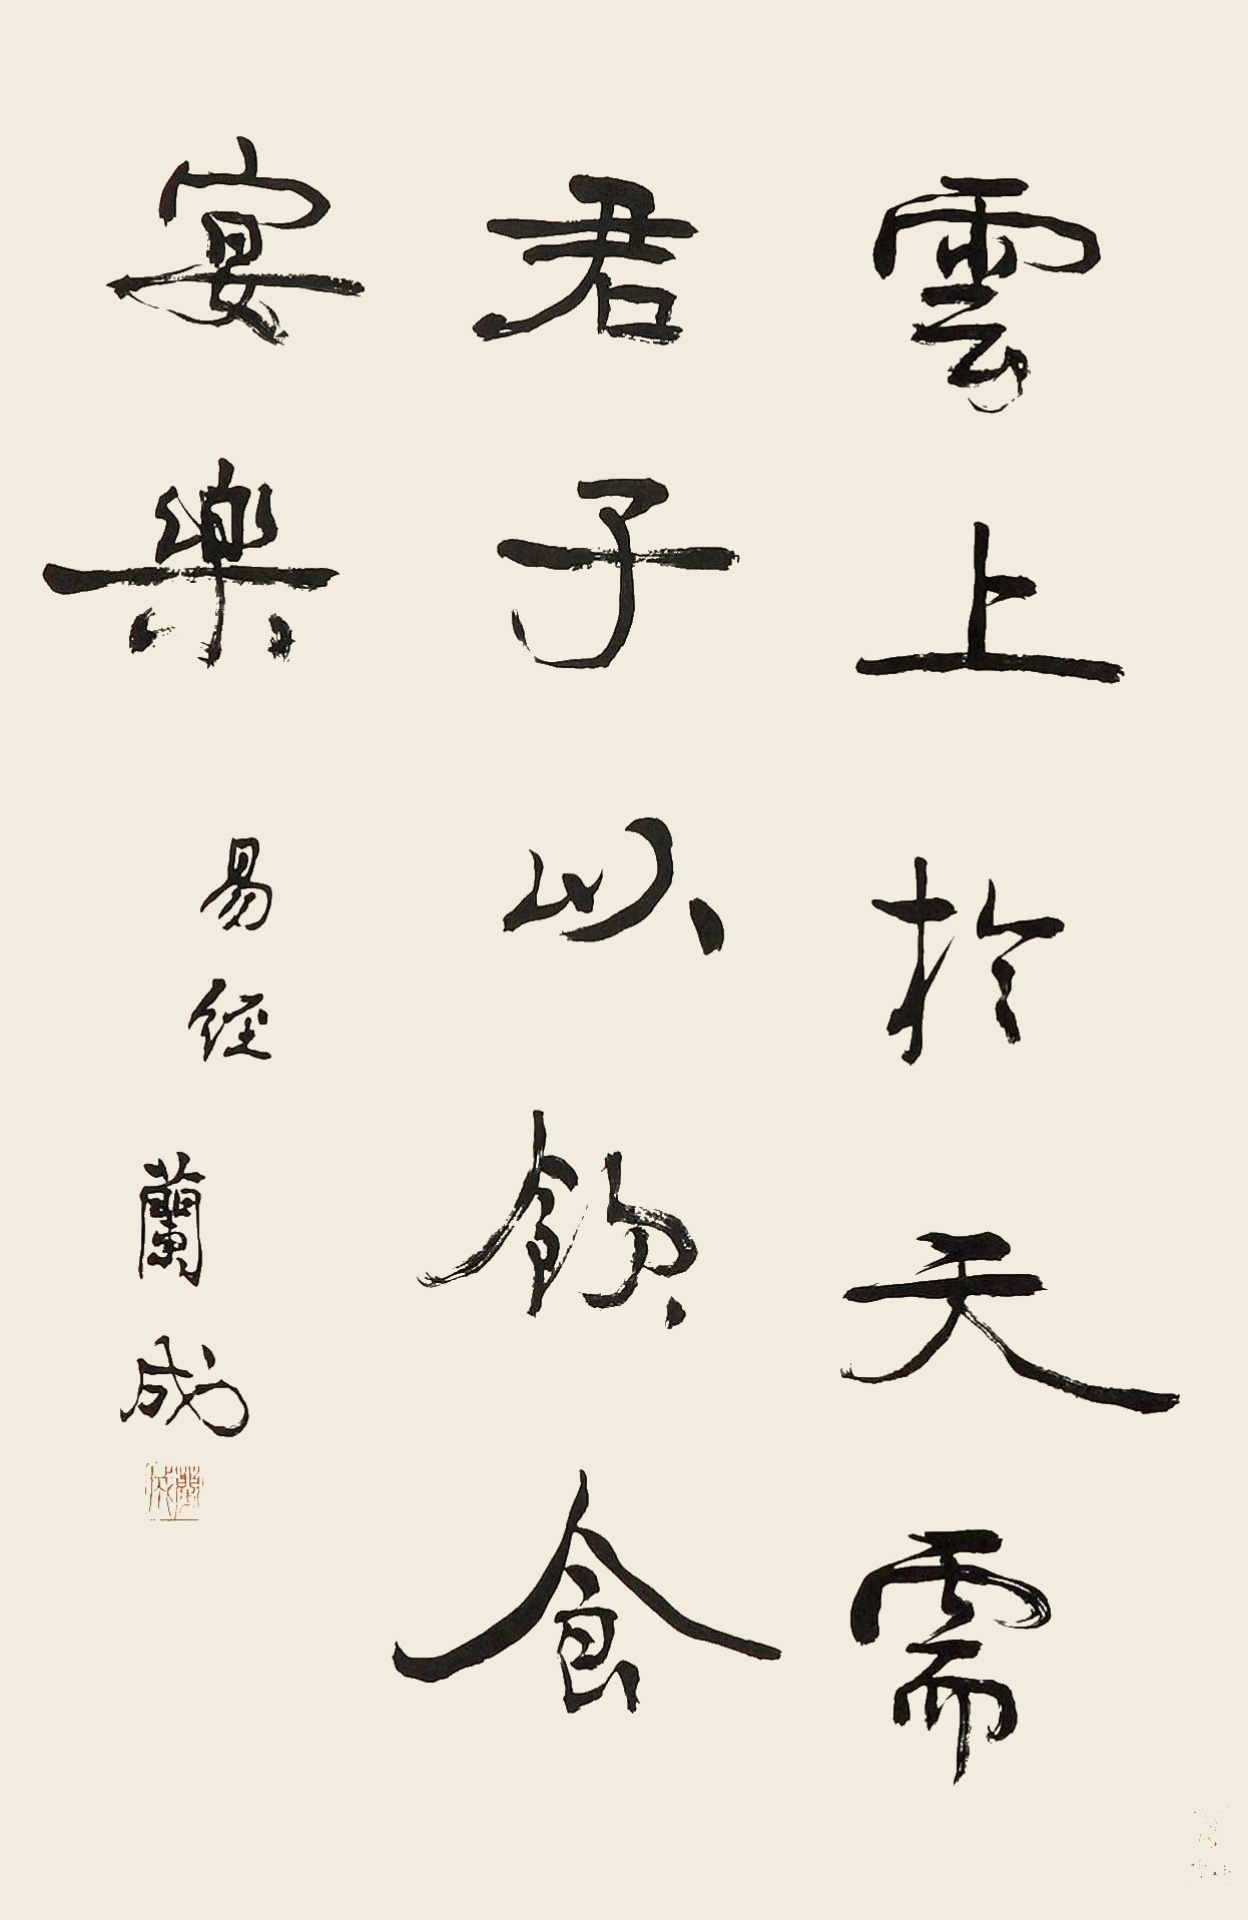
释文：云上于天需君子以饮食宴乐。易经。兰成